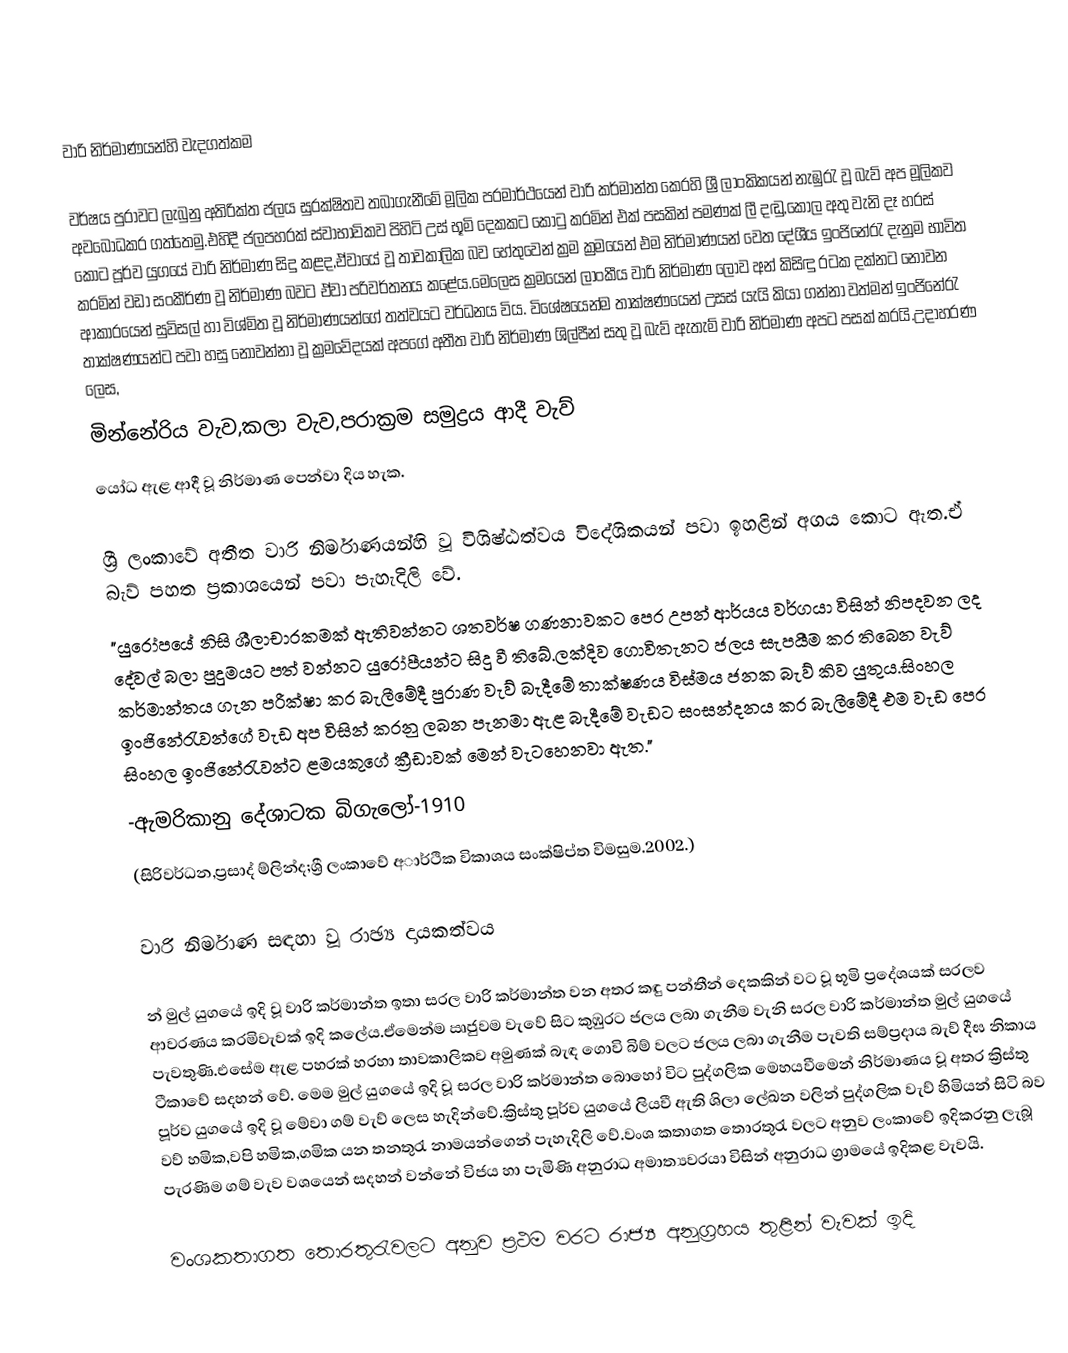

වාරි නිර්මාණයන්හි වැදගත්කම

වර්ෂය පුරාවට ලැබුනු අතිරික්ත ජලය සුරක්ෂිතව තබාගැනීමේ මූලික පරමාර්ථයෙන් වාරි කර්මාන්ත කෙරහි ශ්‍රී ලාංකිකයන් නැඹුරැ වූ බැව් අප මූලිකව අවබෝධකර ගත්තෙමු.එහිදී ජලපහරක් ස්වාභාවිකව පිහිටි උස් භූමි දෙකකට කොටු කරමින් එක් පසකින් පමණක් ලී දඬු,කොල අතු වැනි දෑ හරස් කොට පූර්ව යුගයේ වාරි නිර්මාණ සිදු කළද,ඒවායේ වූ තාවකාලික බව හේතුවෙන් ක්‍රම ක්‍රමයෙන් එම නිර්මාණයන් වෙත දේශීය ඉංජිනේරැ දැනුම භාවිත කරමින් වඩා සංකීර්ණ වූ නිර්මාණ බවට ඒවා පරිවර්තනය කළේය.මෙලෙස ක්‍රමයෙන් ලාංකීය වාරි නිර්මාණ ලොව අන් කිසිඳු රටක දක්නට නොවන ආකාරයෙන් සුවිසල් හා විශ්මිත වූ නිර්මාණයන්ගේ තත්වයට වර්ධනය විය. විශේෂයෙන්ම තාක්ෂණයෙන් උසස් යැයි කියා ගන්නා වත්මන් ඉංජිනේරැ තාක්ෂණයන්ට පවා හසු නොවන්නා වූ ක්‍රමවේදයක් අපගේ අතීත වාරි නිර්මාණ ශිල්පීන් සතු වූ බැව් ඇතැම් වාරි නිර්මාණ අපට පසක් කරයි.උදාහරණ ලෙස,
මින්නේරිය වැව,කලා වැව,පරාක්‍රම සමුද්‍රය ආදී වැව්
යෝධ ඇළ ආදී වූ නිර්මාණ පෙන්වා දිය හැක.

ශ්‍රී ලංකාවේ අතීත වාරි නිර්මාණයන්හි වූ විශිෂ්ඨත්වය විදේශිකයන් පවා ඉහළින් අගය කොට ඇත.ඒ බැව් පහත ප්‍රකාශයෙන් පවා පැහැදිලි වේ.
"යුරෝපයේ නිසි ශීලාචාරකමක් ඇතිවන්නට ශතවර්ෂ ගණනාවකට පෙර උපන් ආර්යය වර්ගයා විසින් නිපදවන ලද දේවල් බලා පුදුමයට පත් වන්නට යුරෝපීයන්ට සිදු වී තිබේ.ලක්දිව ගොවිතැනට ජලය සැපයීම කර තිබෙන වැව් කර්මාන්තය ගැන පරීක්ෂා කර බැලීමේදී පුරාණ වැව් බැදීමේ තාක්ෂණය විස්මය ජනක බැව් කිව යුතුය.සිංහල ඉංජිනේරැවන්ගේ වැඩ අප විසින් කරනු ලබන පැනමා ඇළ බැදීමේ වැඩට සංසන්දනය කර බැලීමේදී එම වැඩ පෙර සිංහල ඉංජිනේරැවන්ට ළමයකුගේ ක්‍රීඩාවක් මෙන් වැටහෙනවා ඇත."
-ඇමරිකානු දේශාටක බිගැලෝ-1910
(සිරිවර්ධන,ප්‍රසාද් ම්ලින්ද;ශ්‍රී ලංකාවේ අාර්ථික විකාශය සංක්ෂිප්ත විමසුම.2002.)

වාරි නිර්මාණ සඳහා වූ රාඡ්‍ය දායකත්වය

න් මුල් යුගයේ ඉදි වූ වාරි කර්මාන්ත ඉතා සරල වාරි කර්මාන්ත වන අතර කඳු පන්තීන් දෙකකින් වට වූ භූමි ප්‍රදේශයක් සරලව ආවරණය කරමිවැවක් ඉදි කලේය.ඒමෙන්ම ඍජුවම වැවේ සිට කුඹුරට ජලය ලබා ගැනීම වැනි සරල වාරි කර්මාන්ත මුල් යුගයේ පැවතුණි.එසේම ඇළ පහරක් හරහා තාවකාලිකව අමුණක් බැඳ ගොවි බිම් වලට ජලය ලබා ගැනීම පැවති සම්ප්‍රදාය බැව් දීඝ නිකාය ටීකාවේ සදහන් වේ. මෙම මුල් යුගයේ ඉදි වූ සරල වාරි කර්මාන්ත බොහෝ විට පුද්ගලික මෙහයවීමෙන් නිර්මාණය වූ අතර ක්‍රිස්තු පූර්ව යුගයේ ඉදි වූ මේවා ගම් වැව් ලෙස හැදින්වේ.ක්‍රිස්තු පූර්ව යුගයේ ලියවී ඇති ශිලා ලේඛන වලින් පුද්ගලික වැව් හිමියන් සිටි බව වව් හමික,වපි හමික,ගමික යන තනතුරැ නාමයන්ගෙන් පැහැදිලි වේ.වංශ කතාගත තොරතුරැ වලට අනුව ලංකාවේ ඉදිකරනු ලැබූ පැරණිම ගම් වැව වශයෙන් සදහන් වන්නේ විජය හා පැමිණි අනුරාධ අමාත්‍යවරයා විසින් අනුරාධ ග්‍රාමයේ ඉදිකළ වැවයි.

වංශකතාගත තොරතුරැවලට අනුව ප්‍රථම වරට රාජ්‍ය අනුග්‍රහය තුළින් වැවක් ඉදි